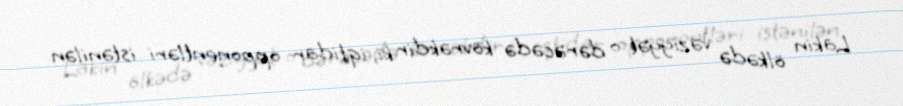
Lakin ölkədə vəziyyət o dərəcədə kövrəkdir ki, iqtidar opponentləri istənilən